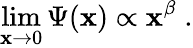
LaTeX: \operatorname*{lim}_{\mathbf{x}\to0}\Psi(\mathbf{x})\propto\mathbf{x}^{\beta}\; .